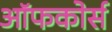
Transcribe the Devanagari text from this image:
ऑफकोर्स